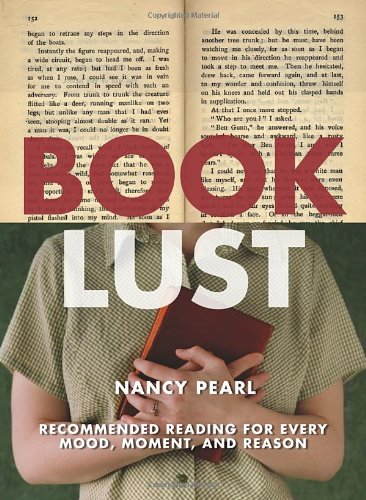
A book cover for Book Lust: Recommended Reading for Every Mood, Moment, and Reason; Nancy Pearl; Literature & Fiction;